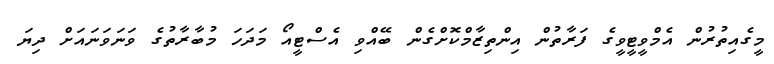
މީގެއިތުރުން އެމްވީޓީވީގެ ފަރާތުން އިންތިޒާމްކޮށްގެން ބޭއްވި އެސްޓީއޯ މަދަހަ މުބާރާތުގެ ވަނަވަނައަށް ދިޔަ